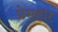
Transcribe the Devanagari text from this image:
प्रेमहार